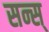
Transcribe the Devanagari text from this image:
सन्स्